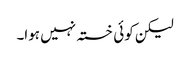
لیکن کوئی خستہ نہیں ہوا۔